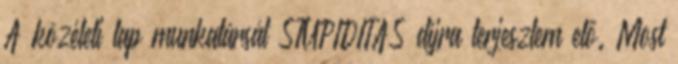
A közéleti lap munkatársát STUPIDITAS díjra terjesztem elő. Most